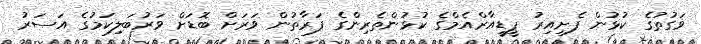
ވަގުތުގެ ކުޅުން ފެށިއިރު ޕީޑީއާރްއެމްގެ ކުޅުންތެރިންގެ ފަރާތުން ވަރަށް ބޮޑަށް ވަރުބަލިކަމުގެ އަސަރު